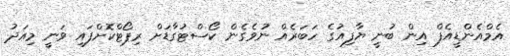
އެމްއެންޑީއެފް އިން ބުނީ ޔާފިއުގެ ހަބަރެއް ނުވެގެން ކޯސްޓުގާޑަށް ރިޕޯޓްކޮށްފައި ވަނީ މިއަދު